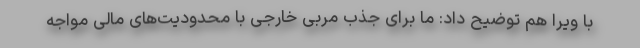
با ویرا هم توضیح داد: ما برای جذب مربی خارجی با محدودیت‌های مالی مواجه